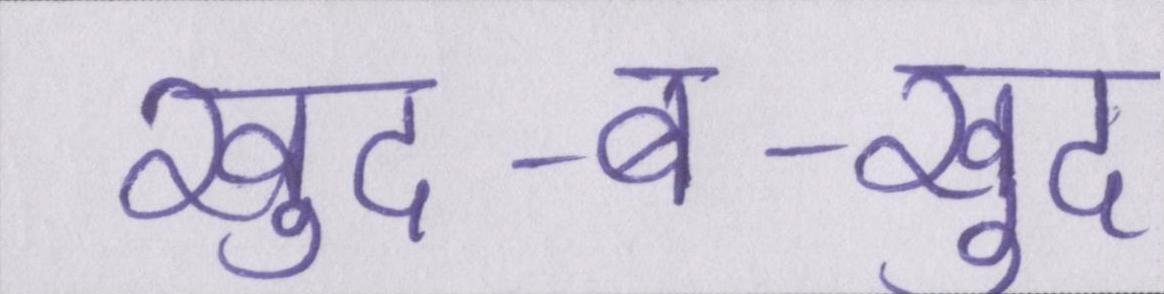
खुद-ब-खुद